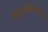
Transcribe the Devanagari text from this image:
फ्लूरोक्विनोलोन्स